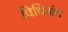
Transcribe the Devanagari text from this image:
विधिग्रंथ